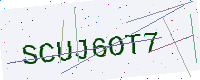
Text: SCUJ6OT7